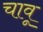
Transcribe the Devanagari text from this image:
चावू